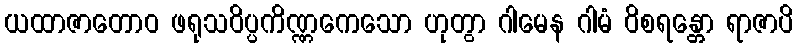
ယထာဇာတောဝ ဖရုသဝိပ္ပကိဏ္ဏကေသော ဟုတွာ ဂါမေန ဂါမံ ဝိစရန္တော ရာဇာပိ